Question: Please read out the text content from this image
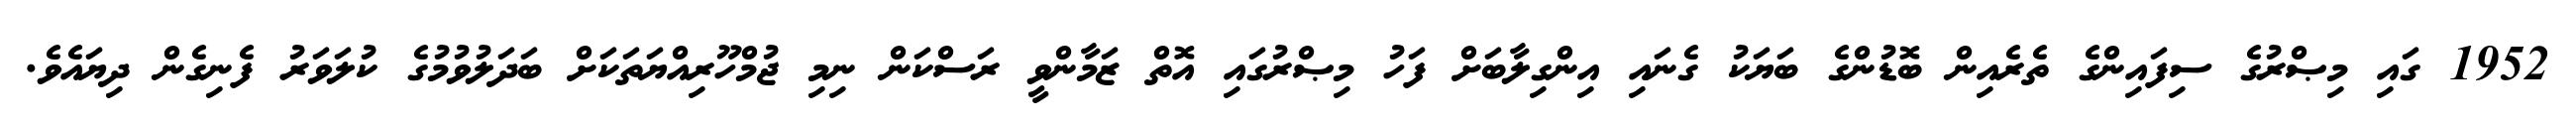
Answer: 1952 ގައި މިޞްރުގެ ސިފައިންގެ ތެރެއިން ބޮޑުންގެ ބަޔަކު ގެނައި އިންގިލާބަށް ފަހު މިޞްރުގައި އޮތް ޒަމާންވީ ރަސްކަން ނިމި ޖުމްހޫރިއްޔަތަކަށް ބަދަލުވުމުގެ ކުލަވަރު ފެނިގެން ދިޔައެވެ.